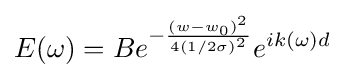
E(\omega )=Be^{-{\frac {(w-w_{0})^{2}}{4(1/2\sigma )^{2}}}}e^{ik(\omega )d}